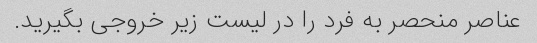
عناصر منحصر به فرد را در لیست زیر خروجی بگیرید.